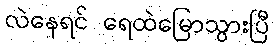
လဲနေရင် ရေထဲမြောသွားပြီ